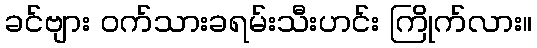
ခင်ဗျား ဝက်သားခရမ်းသီးဟင်း ကြိုက်လား။